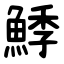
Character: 鯚